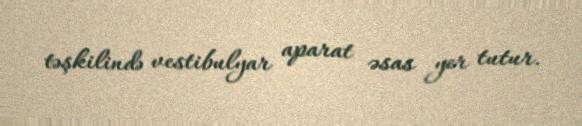
təşkilində vestibulyar aparat əsas yer tutur.